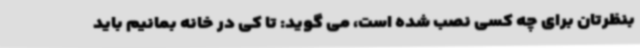
بنظرتان برای چه کسی نصب شده است، می گوید: تا کی در خانه بمانیم باید